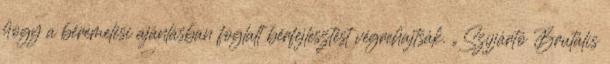
hogy a béremelési ajánlásban foglalt bérfejlesztést végrehajtsák. „Szíjjártó Brutális